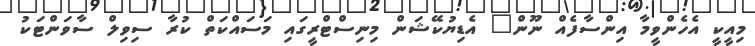
މިއީކީ އެހެންވީމާ އިންސާފެއް ނޫން" އެޑިޔުކޭޝަން މިނިސްޓްރީގައި މަސައްކަތް ކުރާ ސިވިލް ސާވަންޓަކު